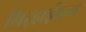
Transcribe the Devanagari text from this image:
गिर्‍हाईकच